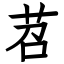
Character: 苕